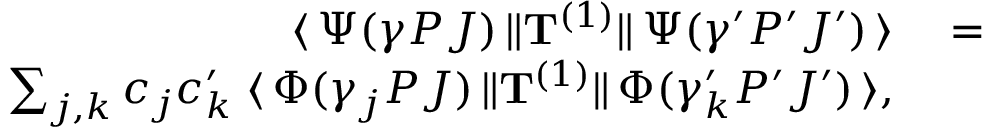
\begin{array} { r l r } { \langle \, \Psi ( \gamma P J ) \, \| { \bf T } ^ { ( 1 ) } \| \, \Psi ( \gamma ^ { \prime } P ^ { \prime } J ^ { \prime } ) \, \rangle } & { { } = } & { } \\ { \sum _ { j , k } c _ { j } c _ { k } ^ { \prime } \; \langle \, \Phi ( \gamma _ { j } P J ) \, \| { \bf T } ^ { ( 1 ) } \| \, \Phi ( \gamma _ { k } ^ { \prime } P ^ { \prime } J ^ { \prime } ) \, \rangle , } \end{array}